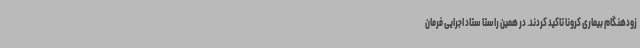
زودهنگام بیماری کرونا تاکید کردند. در همین راستا ستاد اجرایی فرمان